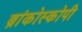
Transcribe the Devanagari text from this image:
ब्रांकोस्कोपी